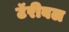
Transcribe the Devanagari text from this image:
टॅरीबल